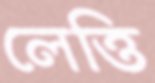
লেত্তি